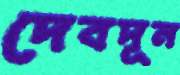
দেবদূন